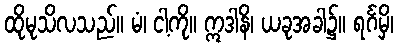
ထိုမုသိလသည်။ မံ၊ ငါ့ကို။ ဣဒါနိ၊ ယခုအခါ၌။ ရင်္ဂမှိ၊